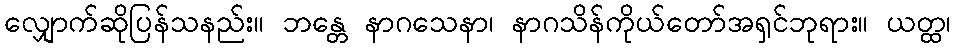
လျှောက်ဆိုပြန်သနည်း။ ဘန္တေ နာဂသေနာ၊ နာဂသိန်ကိုယ်တော်အရှင်ဘုရား။ ယတ္ထ၊